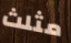
مثلث